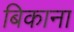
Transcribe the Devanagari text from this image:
बिकाना